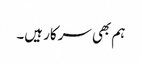
ہم بھی سرکار ہیں۔